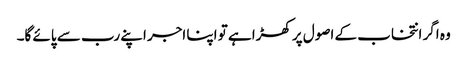
وہ اگر انتخاب کے اصول پر کھڑا ہے تو اپنا اجر اپنے رب سے پائے گا۔